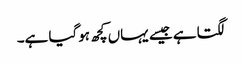
لگتا ہے جیسے یہاں کچھ ہوگیا ہے۔